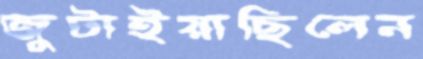
জুটাইয়াছিলেন